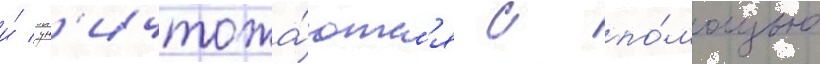
и́ ун'ичтожа́ютс'я с по́мощью